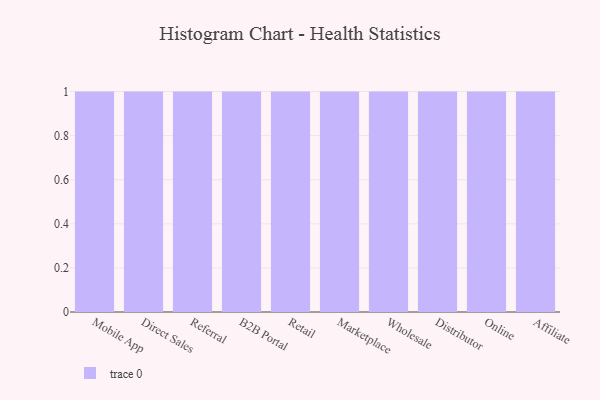
{"axis": {"x": "Channel", "y": "Tickets Resolved"}, "legend": [""], "data": [{"x": "Mobile App", "y": 50, "type": ""}, {"x": "Direct Sales", "y": 67, "type": ""}, {"x": "Referral", "y": 90, "type": ""}, {"x": "B2B Portal", "y": 97, "type": ""}, {"x": "Retail", "y": 17, "type": ""}, {"x": "Marketplace", "y": 1, "type": ""}, {"x": "Wholesale", "y": 45, "type": ""}, {"x": "Distributor", "y": 2, "type": ""}, {"x": "Online", "y": 86, "type": ""}, {"x": "Affiliate", "y": 72, "type": ""}]}